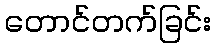
တောင်တက်ခြင်း